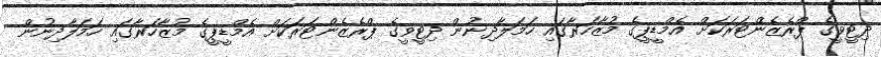
ދިޓީވީގެ ޕްރެޒެންޓަރަކަށް އެމްޑީޕީގެ މުޒާހަރާގައި ހަމަލާދިނުން ދިޓީވީގެ ޕްރެޒެންޓަރަކަށް އެމްޑީޕީގެ މުޒާހަރާގައި ހަމަލާދިނުން